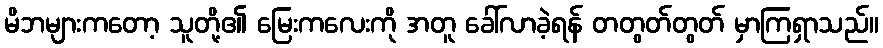
မိဘများကတော့ သူတို့၏ မြေးကလေးကို အတူ ခေါ်လာခဲ့ရန် တတွတ်တွတ် မှာကြရှာသည်။